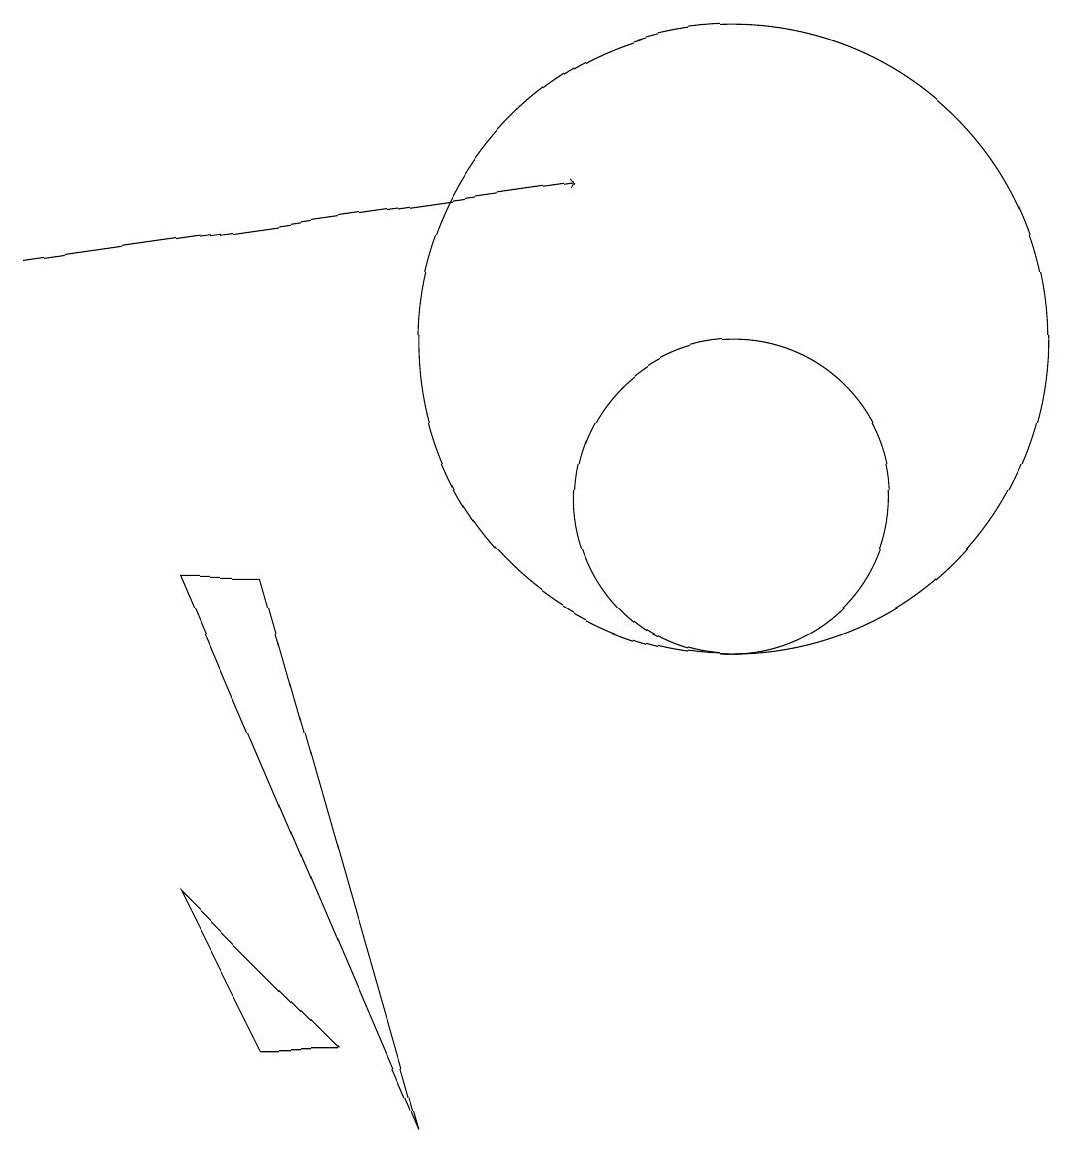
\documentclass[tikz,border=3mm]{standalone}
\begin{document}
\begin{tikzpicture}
\draw (11,10) circle (2);
\draw (5,3) -- (6,3) -- (4,5) -- cycle;
\draw (11,12) circle (4);
\draw[->] (2,13) -- (9,14);
\draw (7,2) -- (5,9) -- (4,9) -- cycle;
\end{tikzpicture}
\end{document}